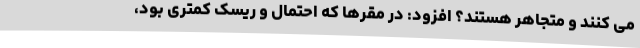
می کنند و متجاهر هستند؟ افزود: در مقرها که احتمال و ریسک کمتری بود،